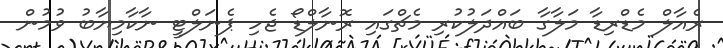
ރެއާލް މެޑްރިޑާ މަލާގާ ބައްދަލުކުރި މެޗްގައި ރޮނާލްޑޯ ޖެހި ޕެނަލްޓީ ނާކާމިޔާބު ވުމުން